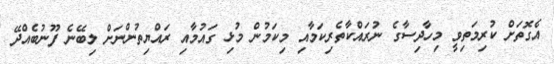
އެގޮތަށް ކުރިމަތިވީ މިހާދިސާގެ ނުރައްކާތެރިކަމާއި މިކަމުން މުޅި ގައުމާއި ރައްޔިތުންނަށް ލިބޭނެ ފޫނުބެއްދޭ